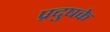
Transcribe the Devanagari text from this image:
प्रदुषके